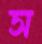
স